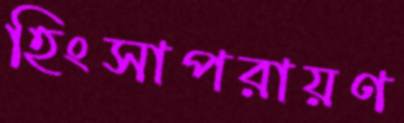
হিংসাপরায়ণ